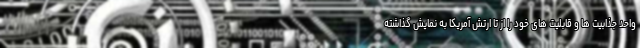
واحد جذابیت ها و قابلیت های خود را از تا ارتش آمریکا به نمایش گذاشته